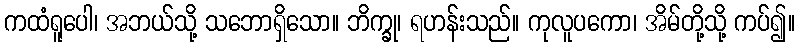
ကထံရူပေါ၊ အဘယ်သို့ သဘောရှိသော။ ဘိက္ခု၊ ရဟန်းသည်။ ကုလူပကော၊ အိမ်တို့သို့ ကပ်၍။